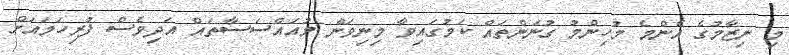
މި ނިޒާމުގެ އެންމެ މުހިންމު ގުނަންތައް ކަމުގައިވާ މިނިވަން މުއައްސަސާތައް އަދިވެސް ފުރިހަމައަށް